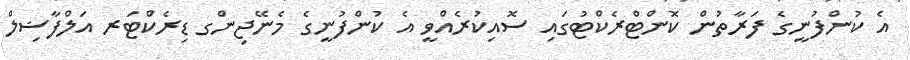
އެ ކުންފުނީގެ ފަރާތުން ކޮންޓްރެކްޓުގައި ސޮއިކުރެއްވީ އެ ކުންފުނީގެ މެނޭޖިންގ ޑިރެކްޓަރ އަލްފާޟިލް